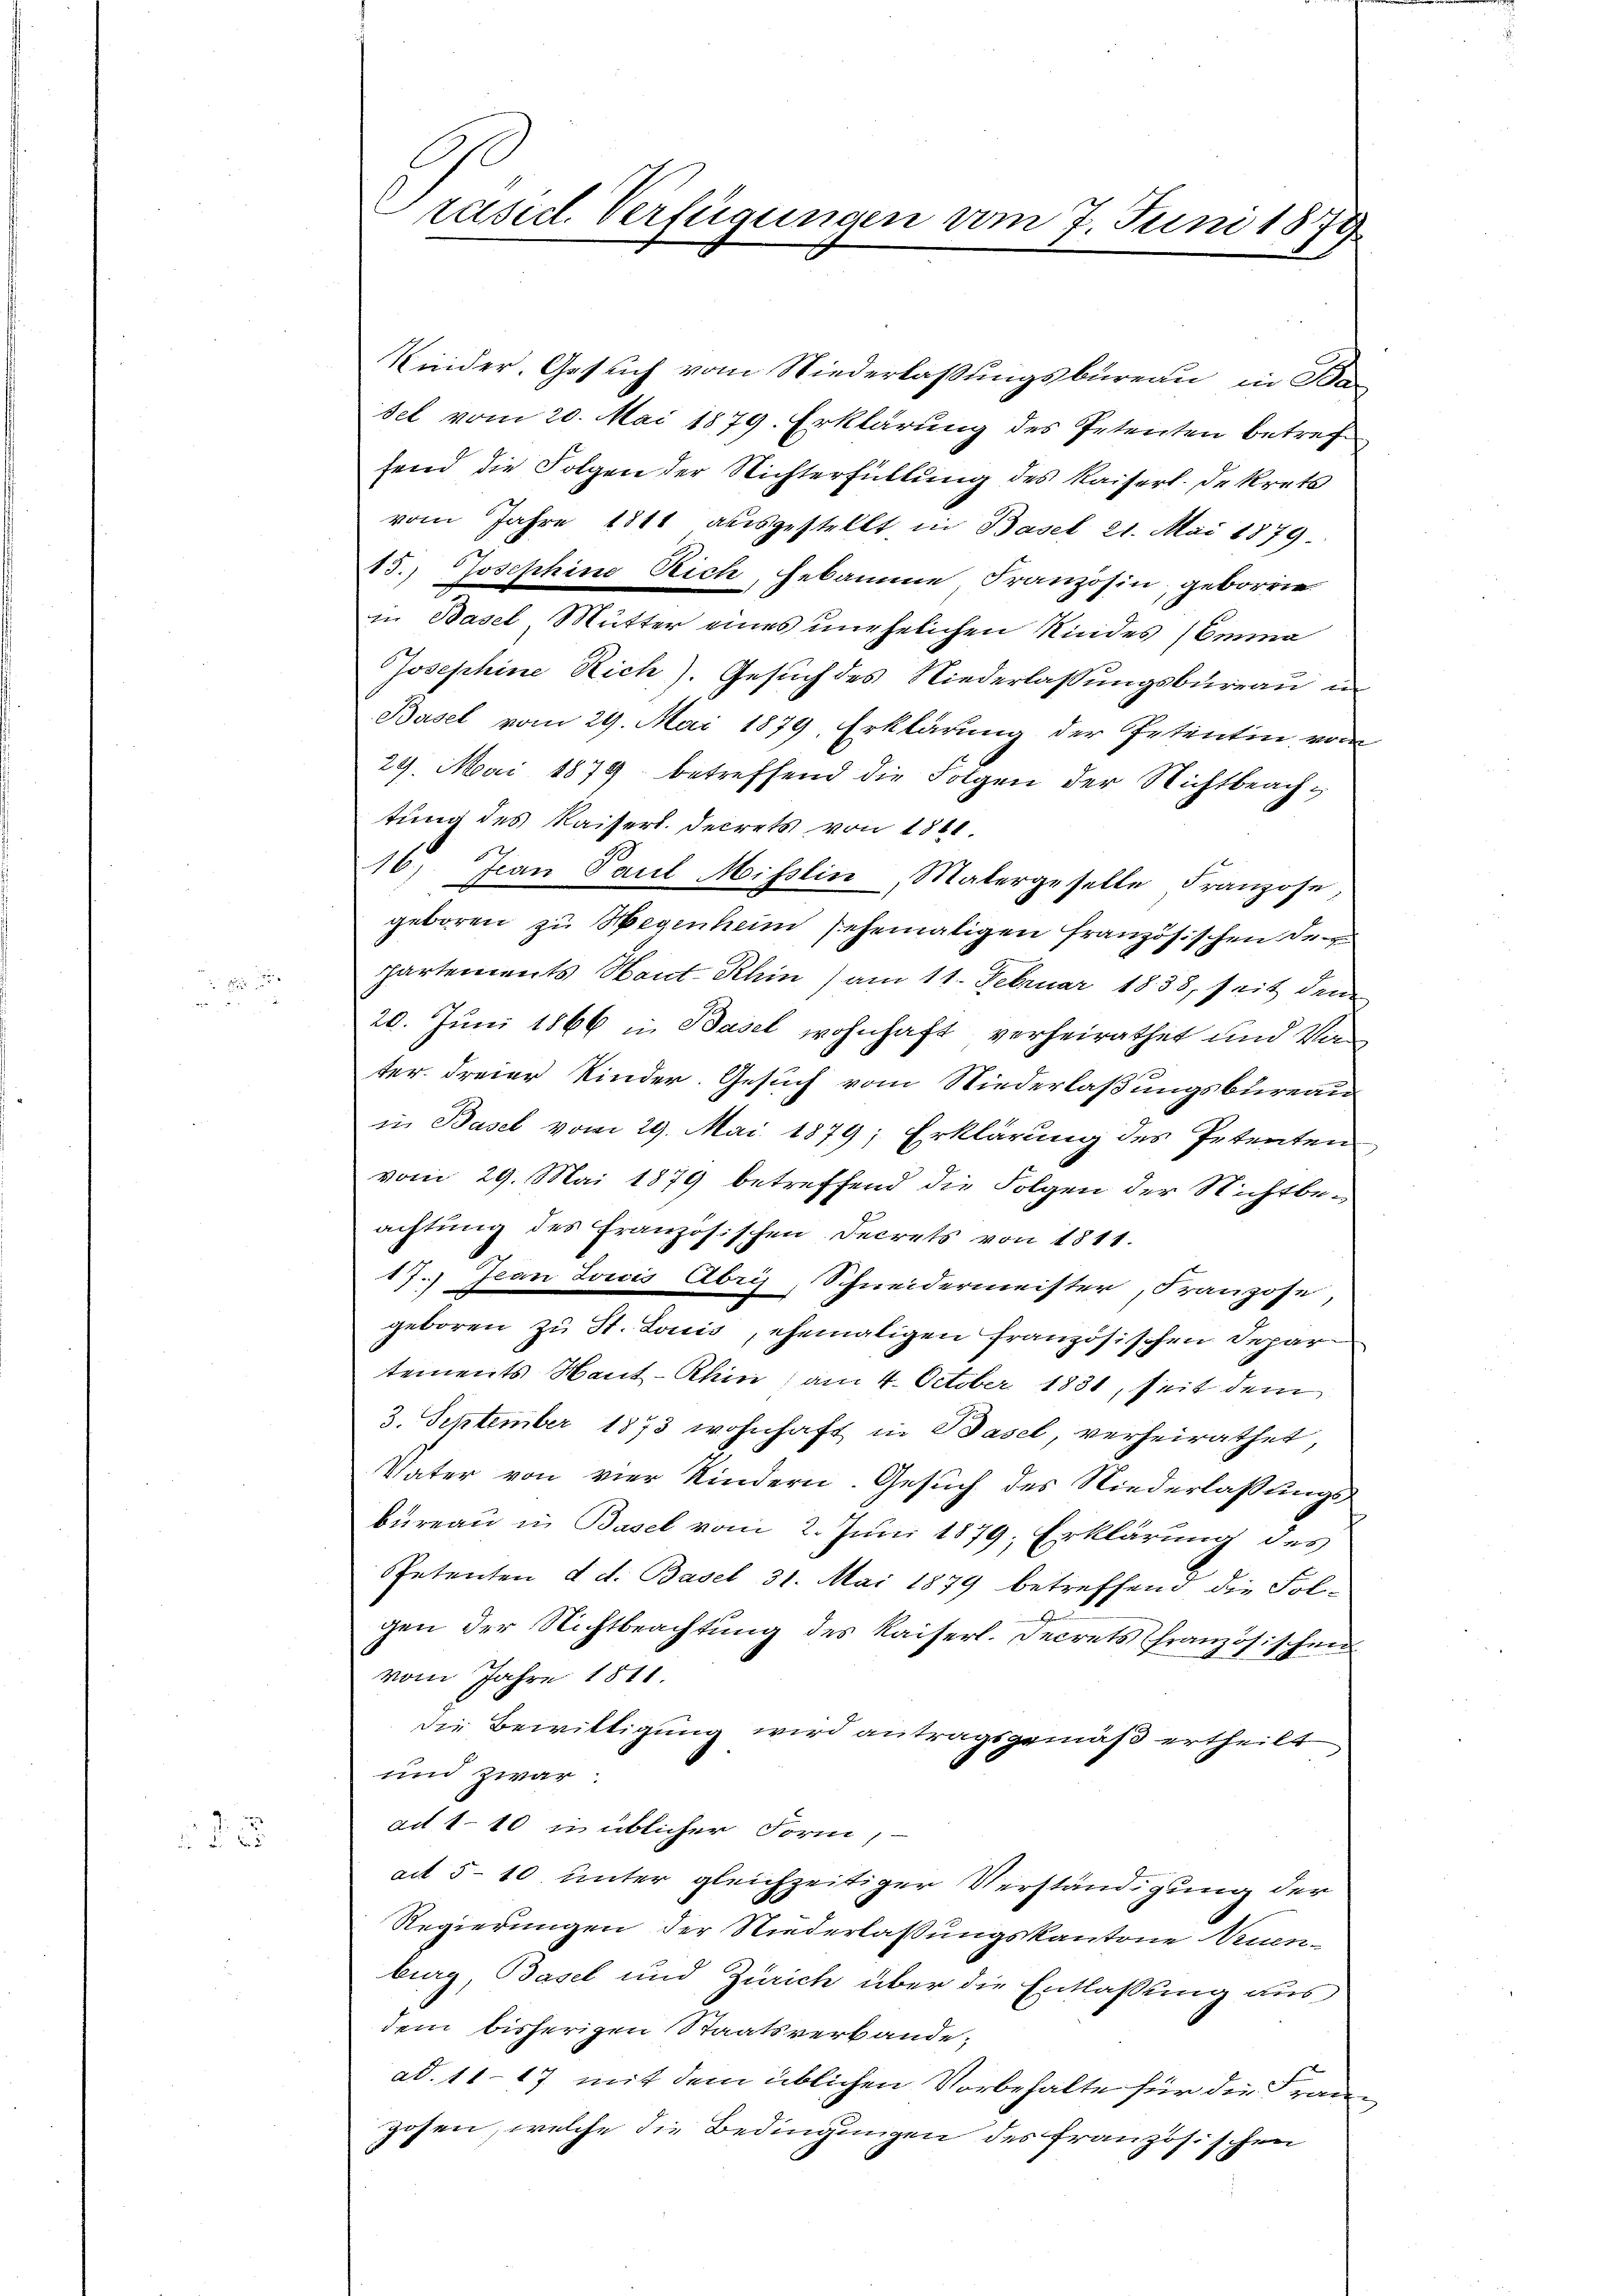
ve

5

raseel. Verfügungen vom 7. Juni 1879

Kinder. Gesuch vom Niederlaßungsbureau in Ban
sel vom 20. Mai 1879. Erklärung des Petenten betreffend die Folgen der Nichterfüllung des Kaiserl. Dekrets
vom Jahre 1811 ausgestellt in Basel 21. Mai 1879.
15.) Josephine Rich, hebamme Französin, geborene
in Basel, Mutter eines unehelichen Kindes (Emma
Josephine Rich). Gesuch des Niederlassungsbureau in
Basel vom 29. Mai 1879, Erklärung der Petentin vom
29. Mai 1879 betreffend die Folgen der Nichtbeachtung des Kaiserl. Decrets von 1861.
.
16. Jean Paul Misslin, Matergeselle Franzose,
geboren zu Wegenheim sehemaligen französischen Departements Haut-Rhin) am 11. Februar 1838, seit dem
20. Juni 1866 in Basel wohnhaft verheirathet und Vorter dreier Kinder. Gesuch vom Niederlaßungsbureau
in Basel vom 29. Mai 1879; Erklärung des Petenten
vom 29. Mai 1879 betreffend die Folgen der Nichtbeachtŭng des französischen Secrets von 1811.
17.) Jean Joicis Abris, Schneidermeister, Franzose
geboren zu St. Louis, ehemaligen französischen Departements Haut-Rhin, am 4. October 1831, seit dem
3. September 1873 wohnhaft in Basel, verheirathet,
Vater von vier Kindern. Gesuch des Niederlaßungsbüreau in Basel vom 2. Juni 1879; Erklärung des
Petenten d. d. Basel 31. Mai 1879 betreffend die Fol-
gen der Nichtbeachtung des Kaiserl. Decrets französischen
vom Jahre 1811.
die Bewilligung wird antragsgemäß ertheilt
und zwar
ad 110 in üblicher Form,
at 5-10 unter gleichzeitiger Verständigung der
Regierungen der Niederlaßungskantone Neuen-
burg Basel und Zürich über die Entlassung aus
dem bisherigen Staatsverbande.
ad. 1117 mit dem üblichen Vorbehalte für die Frangosen, welche die Bedingungen des französischen